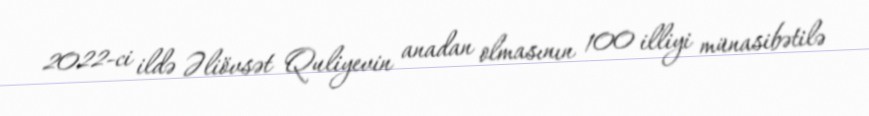
2022-ci ildə Əliövsət Quliyevin anadan olmasının 100 illiyi münasibətilə